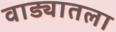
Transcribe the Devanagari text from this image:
वाड्यातला